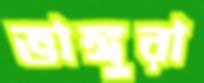
ভাঙ্গুরা